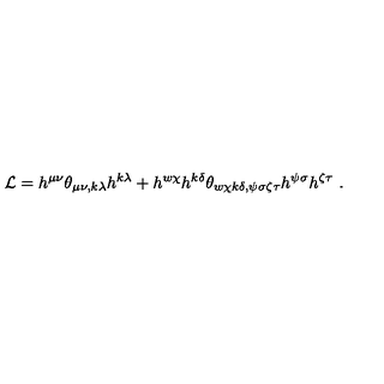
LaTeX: { \cal L } = h ^ { \mu \nu } \theta _ { \mu \nu , k \lambda } h ^ { k \lambda } + h ^ { w \chi } h ^ { k \delta } \theta _ { w \chi k \delta , \psi \sigma \zeta \tau } h ^ { \psi \sigma } h ^ { \zeta \tau } \ .